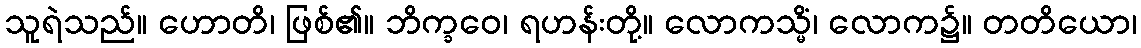
သူရဲသည်။ ဟောတိ၊ ဖြစ်၏။ ဘိက္ခဝေ၊ ရဟန်းတို့။ လောကသ္မိံ၊ လောက၌။ တတိယော၊